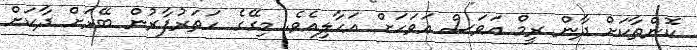
ކޮންތާކަށް ދާން ރީމް އަވަސް އަވަހަށް އަހާލިއެވެ. މިގޭގެ ހަތަރުފާރުން ބޭރަށް ދާކަށް